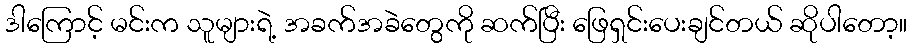
ဒါကြောင့် မင်းက သူများရဲ့ အခက်အခဲတွေကို ဆက်ပြီး ဖြေရှင်းပေးချင်တယ် ဆိုပါတော့။